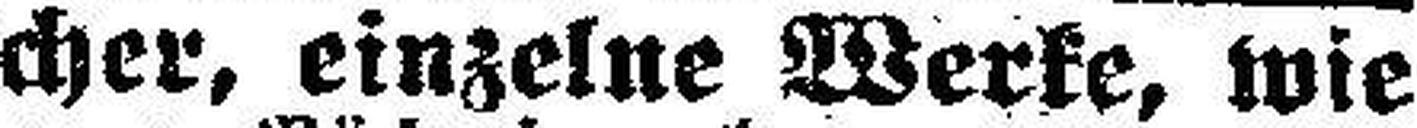
Bücher, einzelne Werke, wie